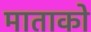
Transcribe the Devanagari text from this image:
माताको